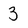
Character: 3